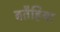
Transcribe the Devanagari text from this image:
बतैहिया